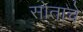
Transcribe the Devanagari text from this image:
सोताचे